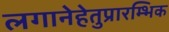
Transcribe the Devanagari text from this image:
लगानेहेतुप्रारम्भिक